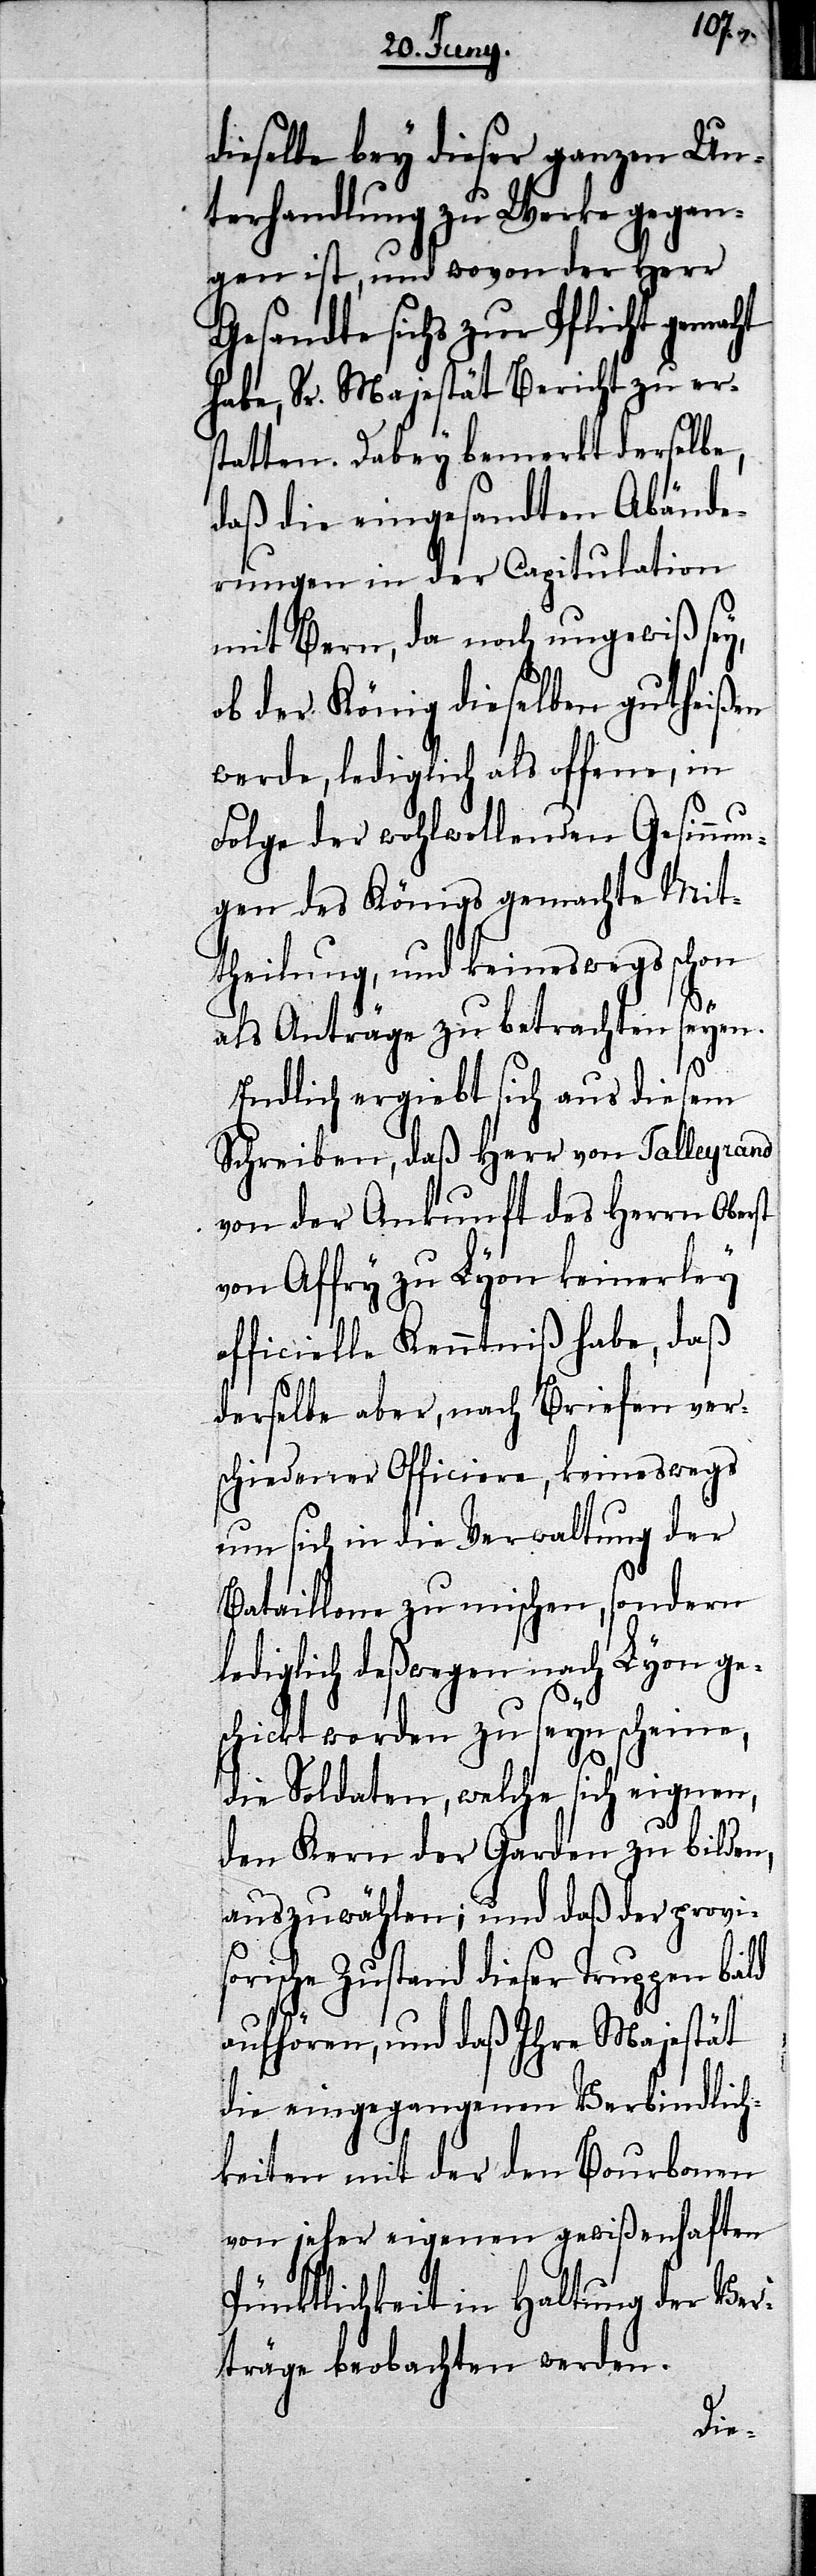
dieselbe bey dieser ganzen Un¬
terhandlung zu Werke gegan¬
gen ist, und wovon der Herr
Gesandte sichs zur Pflicht gemacht
habe, Sr. Majestät Bericht zu ers¬
tatten. Dabey bemerkt derselbe,
daß die eingesandten Abände¬
rungen in der Capitulation
mit Bern, da noch ungewiß sey,
ob der König dieselben gutheißen
werde, lediglich als offene, in
Folge der wohlwollenden Gesinnun¬
gen des Königs gemachte Mit¬
theilung, und keineswegs schon
als Anträge zu betrachten seyen.
Endlich ergiebt sich aus diesem
Schreiben, daß Herr von Talleyrand
von der Ankunft des Herrn Oberst
von Affry zu Lyon keinerley
officielle Kenntniß habe, daß
derselbe aber, nach Briefen vers¬
chiedener Officiere, keineswegs
um sich in die Verwaltung der
Bataillone zu mischen, sondern
lediglich deßwegen nach Lyon ge¬
schickt worden zu seyn scheine,
die Soldaten, welche sich eignen,
den Kern der Garden zu bilden,
auszuwählen; und daß der provis¬
orische Zustand dieser Truppen bald
aufhören, und daß Ihre Majestät
die eingegangenen Verbindlich¬
keiten mit der den Bourbonen
von jeher eigenen gewißenhaften
Pünktlichkeit in Haltung der Ver¬
träge beobachten werden.